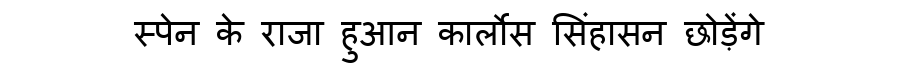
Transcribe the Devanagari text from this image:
स्पेन के राजा हुआन कार्लोस सिंहासन छोड़ेंगे